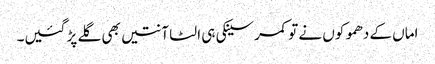
اماں کے دھموکوں نے تو کمر سینکی ہی الٹا آنتیں بھی گلے پڑ گئیں۔